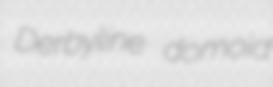
Derbyline domoid